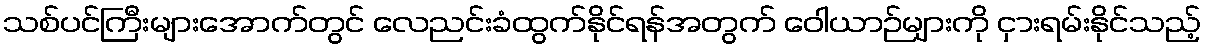
သစ်ပင်ကြီးများအောက်တွင် လေညင်းခံထွက်နိုင်ရန်အတွက် ဝေါယာဉ်များကို ငှားရမ်းနိုင်သည့်